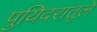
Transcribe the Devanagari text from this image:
पुयिदरांतूले